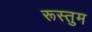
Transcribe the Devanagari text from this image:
रूस्तुम